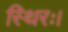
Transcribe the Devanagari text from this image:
स्थिरः।